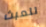
للعبث